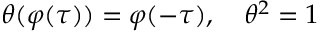
\theta ( \varphi ( \tau ) ) = \varphi ( - \tau ) , \quad \theta ^ { 2 } = 1